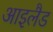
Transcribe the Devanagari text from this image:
आइलैड